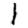
Digit: 1